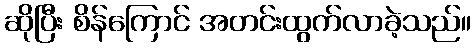
ဆိုပြီး စိန်ကြောင် အတင်းထွက်လာခဲ့သည်။